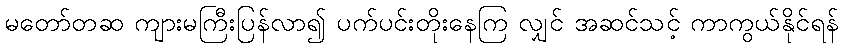
မတော်တဆ ကျားမကြီးပြန်လာ၍ ပက်ပင်းတိုးနေကြ လျှင် အဆင်သင့် ကာကွယ်နိုင်ရန်